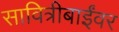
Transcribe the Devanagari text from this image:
सावित्रीबाईंवर